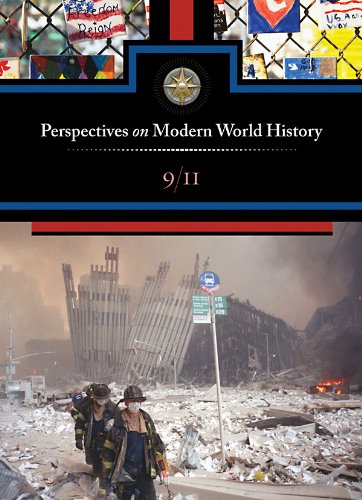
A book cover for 9/11 Perspectives on Modern World History; Teen & Young Adult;